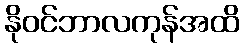
နိုဝင်ဘာလကုန်အထိ